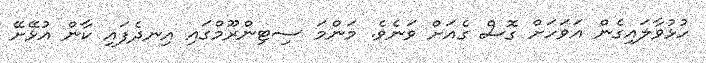
ހުޅުވާލައިގެން އަވަހަށް ގޮސް ގެއަށް ވަނެވެ. މަންމަ ސިޓިންރޫމްގައި އިނދެފައި ކާން އުޅޭށޭ